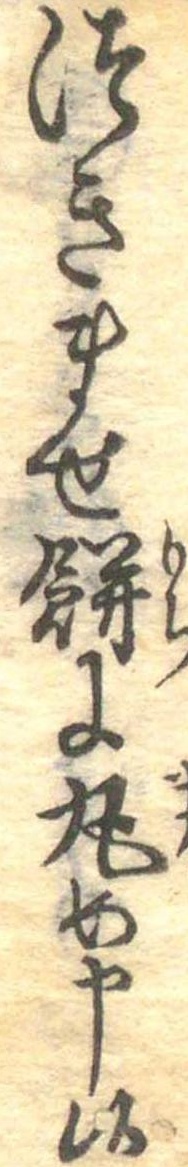
つきませ餅に丸め申候